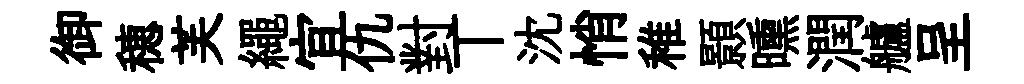
御穂芙繩宜仇對丅沈悄稚顥曛潤艫呈